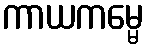
ကာယကမ္မေ